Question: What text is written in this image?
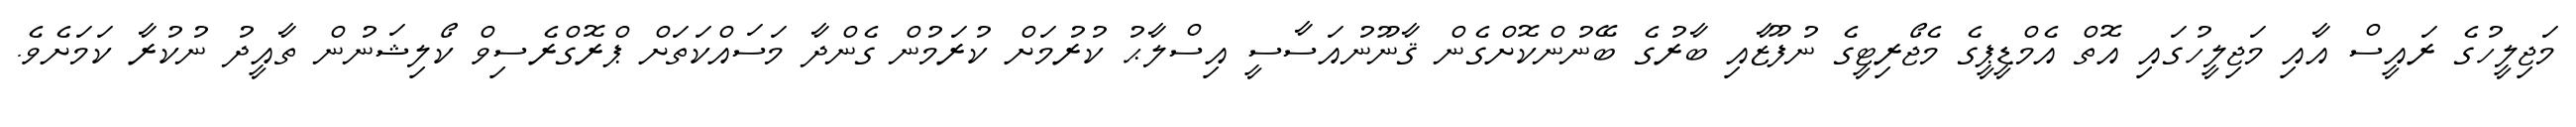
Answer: މަޖިލީހުގެ ރައީސް އާއި މަޖިލީހުގައި އޮތް އެމްޑީޕީގެ މެޖޯރިޓީގެ ނުފޫޒާއި ބާރުގެ ބޭނުންކޮށްގެން ޤާނޫނުއަސާސީ އިސްލާޙު ކުރުމަށް ކުރަމުން ގެންދާ މަސައްކަތަށް ޕްރޮގްރެސިވް ކޯލިޝަނުން ތާއީދު ނުކުރާ ކަމަށެވެ.